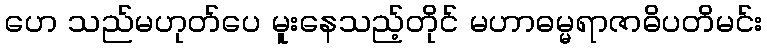
ဟေ သည်မဟုတ်ပေ မူးနေသည့်တိုင် မဟာဓမ္မရာဇာဓိပတိမင်း